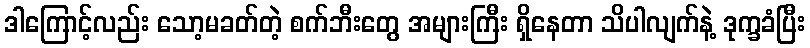
ဒါကြောင့်လည်း သော့မခတ်တဲ့ စက်ဘီးတွေ အများကြီး ရှိနေတာ သိပါလျက်နဲ့ ဒုက္ခခံပြီး